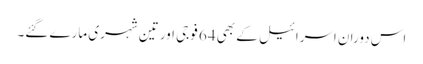
اس دوران اسرائیل کے بھی 64 فوجی اور تین شہری مارے گئے۔